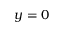
y = 0